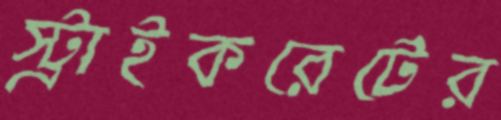
স্ট্রাইকরেটের